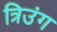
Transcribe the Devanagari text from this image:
त्रिउंग